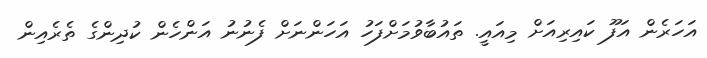
އަހަރެން އަފޫ ކައިރިއަށް މިއައީ. ތައުބާވުމަށްފަހު އަހަންނަށް ފެނުނު އަންހެން ކުދިންގެ ތެރެއިން